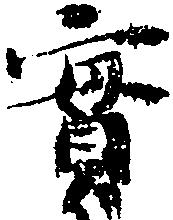
実